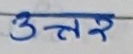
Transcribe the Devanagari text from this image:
उत्तर